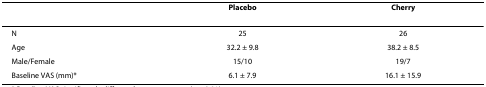
|  | Placebo | Cherry |
 | --- | --- | --- |
 | N | 25 | 26 |
 | Age | 32.2 ± 9.8 | 38.2 ± 8.5 |
 | Male/Female | 15/10 | 19/7 |
 | Baseline VAS (mm)* | 6.1 ± 7.9 | 16.1 ± 15.9 |